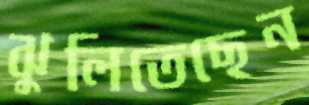
ঝুলিতেছেন